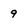
Character: 9